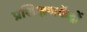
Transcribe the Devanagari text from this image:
प्रशिक्षणकेंद्रों